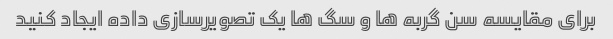
برای مقایسه سن گربه ها و سگ ها یک تصویرسازی داده ایجاد کنید